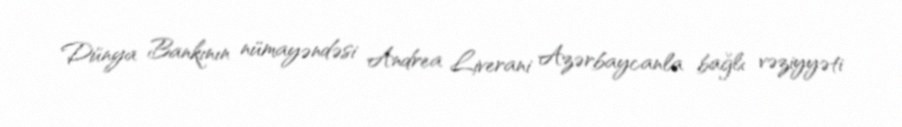
Dünya Bankının nümayəndəsi Andrea Liverani Azərbaycanla bağlı vəziyyəti